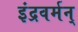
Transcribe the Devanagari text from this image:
इंद्रवर्मन्‌